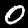
Label: 0